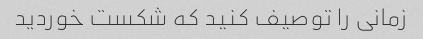
زمانی را توصیف کنید که شکست خوردید